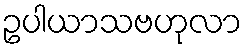
ဥပါယာသဗဟုလာ